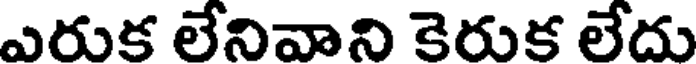
ఎరుక లేనివాని కెరుక లేదు